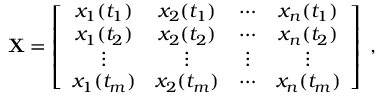
{ \bf X } = \left[ \begin{array} { c c c c } { x _ { 1 } ( t _ { 1 } ) } & { x _ { 2 } ( t _ { 1 } ) } & { \cdots } & { x _ { n } ( t _ { 1 } ) } \\ { x _ { 1 } ( t _ { 2 } ) } & { x _ { 2 } ( t _ { 2 } ) } & { \cdots } & { x _ { n } ( t _ { 2 } ) } \\ { \vdots } & { \vdots } & { \vdots } & { \vdots } \\ { x _ { 1 } ( t _ { m } ) } & { x _ { 2 } ( t _ { m } ) } & { \cdots } & { x _ { n } ( t _ { m } ) } \end{array} \right] \; ,